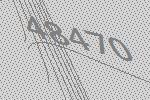
48470